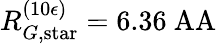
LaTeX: R_{G,\mathrm{star}}^{(10\epsilon)}=6.36\mathrm{\ AA}